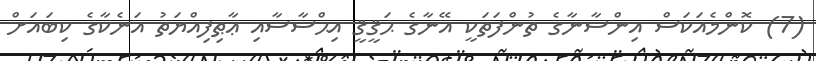
(7) ކޮންމެއަކަސް އިންސާނާގެ ތުންފަތަކީ އޭނާގެ ޙަޤީޤީ އިޙްސާސާއި ޢާޠިފިއްޔަތު އަނެކާގެ ކިބައަށް